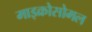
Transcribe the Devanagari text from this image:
माइक्रोसोमल